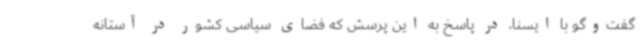
گفت‌وگو با ایسنا، در پاسخ به این پرسش که فضای سیاسی کشور در آستانه